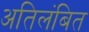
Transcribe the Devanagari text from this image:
अतिलंबित